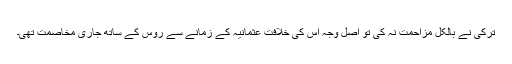
ترکی نے بالکل مزاحمت نہ کی تو اصل وجہ اس کی خلافتِ عثمانیہ کے زمانے سے روس کے ساتھ جاری مخاصمت تھی۔